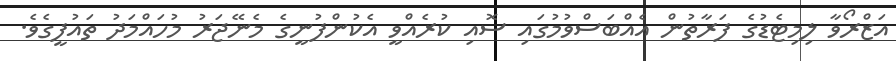
އަޒްރޯވާ ލިމިޓެޑުގެ ފަރާތުން އެއްބަސްވުމުގައި ސޮއި ކުރެއްވީ އެކުންފުނީގެ މެނޭޖަރު މުހައްމަދު ތައުފީގެވެ.